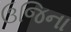
ઉજિના